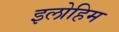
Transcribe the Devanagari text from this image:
इलोहिम